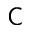
\mathsf C